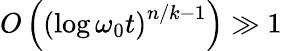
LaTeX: O\left(\left(\log\omega_{0}t\right)^{n/k-1}\right)\gg 1